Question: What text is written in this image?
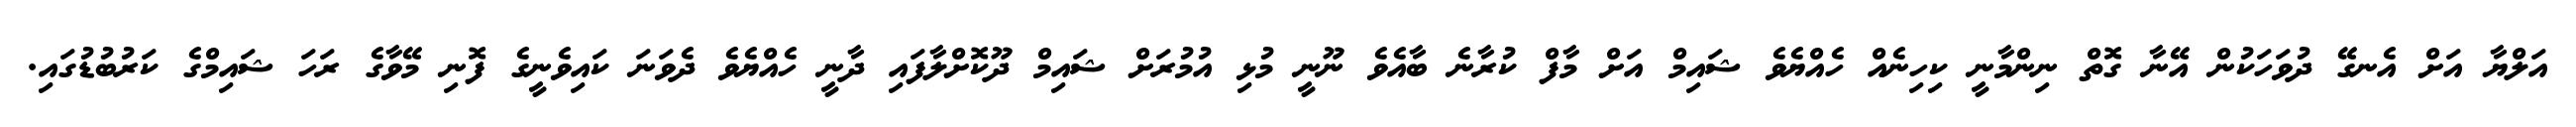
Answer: އަލްޔާ އަށް އެނގޭ ދުވަހަކުން އޭނާ ގޮތް ނިންމާނީ ކިހިނެއް ހެއްޔެވެ ޝައިމް އަށް މާފް ކުރާނެ ބާއެވެ ނޫނީ މުޅި އުމުރަށް ޝައިމް ދޫކޮށްލާފައި ދާނީ ހެއްޔެވެ ދެވަނަ ކައިވެނީގެ ފޮނި މޭވާގެ ރަހަ ޝައިމްގެ ކަރުބުޑުގައި.